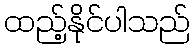
ထည့်နိုင်ပါသည်